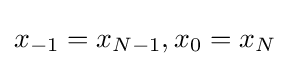
x_{-1}=x_{N-1},x_{0}=x_{N}